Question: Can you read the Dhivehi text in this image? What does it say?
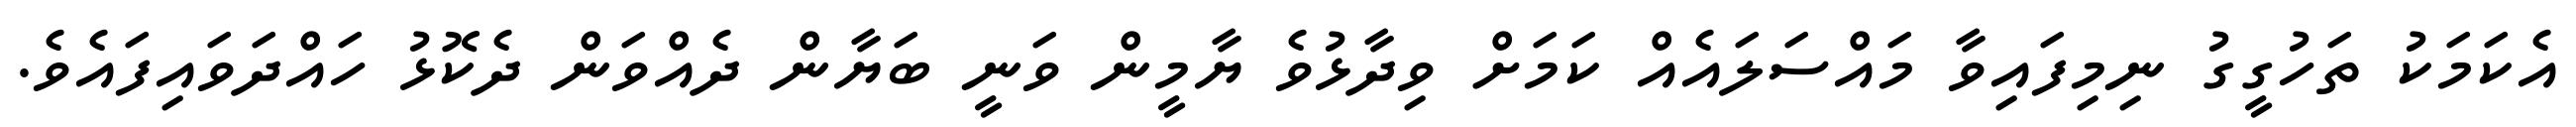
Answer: އެކަމަކު ތަހުގީގު ނިމިފައިވާ މައްސަލައެއް ކަމަށް ވިދާޅުވެ ޔާމީން ވަނީ ބަޔާން ދެއްވަން ދެކޮޅު ހައްދަވައިފައެވެ.